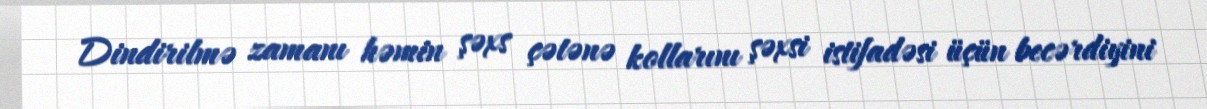
Dindirilmə zamanı həmin şəxs çətənə kollarını şəxsi istifadəsi üçün becərdiyini